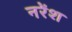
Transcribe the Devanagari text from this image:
नरेंश